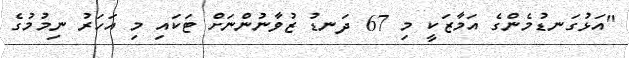
"އަޅުގަނޑުމެންގެ އަމާޒަކީ މި 67 ދަނޑު ޒުވާނުންނަށް ޓަކައި މި އަހަރު ނިމުމުގެ